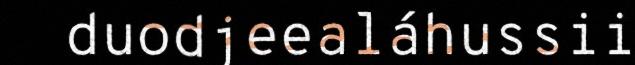
duodjeealáhussii